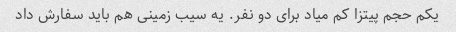
یکم حجم پیتزا کم میاد برای دو نفر. یه سیب زمینی هم باید سفارش داد